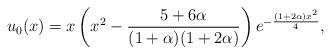
LaTeX: \begin{align*}u_0 (x)= x \left(x^2 - \frac{5+6\alpha}{(1+\alpha)(1+2\alpha)}\right)e^{-\frac{(1+2\alpha) x^2}{4}},\end{align*}